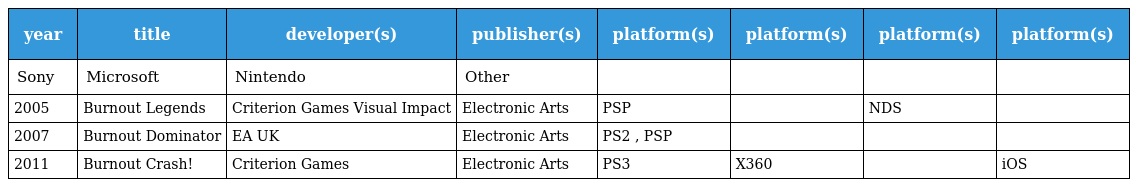
| year | title | developer(s) | publisher(s) | platform(s) | platform(s) | platform(s) | platform(s) |
 | --- | --- | --- | --- | --- | --- | --- | --- |
 | Sony | Microsoft | Nintendo | Other |  |  |  |  |
 | 2005 | Burnout Legends | Criterion Games Visual Impact | Electronic Arts | PSP |  | NDS |  |
 | 2007 | Burnout Dominator | EA UK | Electronic Arts | PS2 , PSP |  |  |  |
 | 2011 | Burnout Crash! | Criterion Games | Electronic Arts | PS3 | X360 |  | iOS |